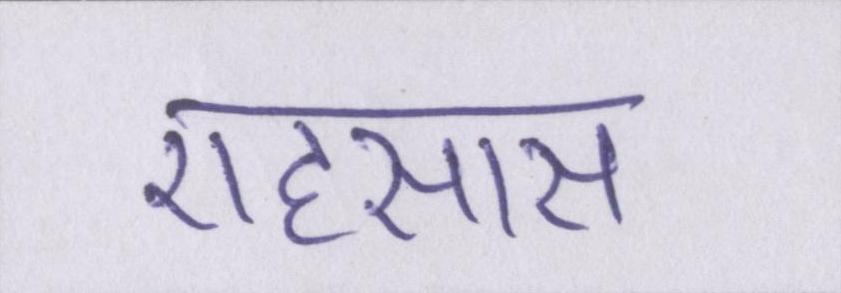
एहसास